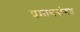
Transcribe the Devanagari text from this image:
प्रमाणसंगत